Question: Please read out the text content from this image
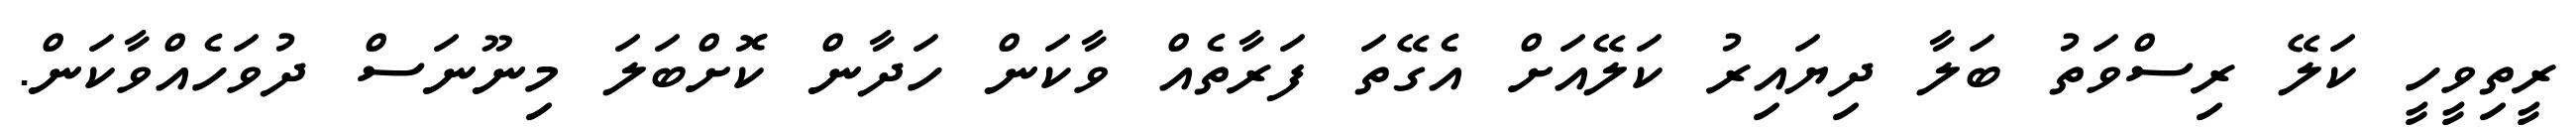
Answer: ރީތިވީހީ ކަލޭ ރިސްވަތު ބަލާ ދިޔައިރު ކަލޭއަށް އެގޭތަ ފަރާތެއް ވާކަން ހަދާން ކޮށްބަލަ މިނޫނަސް ދުވަހެއްވާކަން.